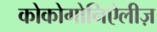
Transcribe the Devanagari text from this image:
कोकोगोनिऐलीज़